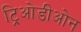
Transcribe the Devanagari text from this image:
ट्रिओडीओन